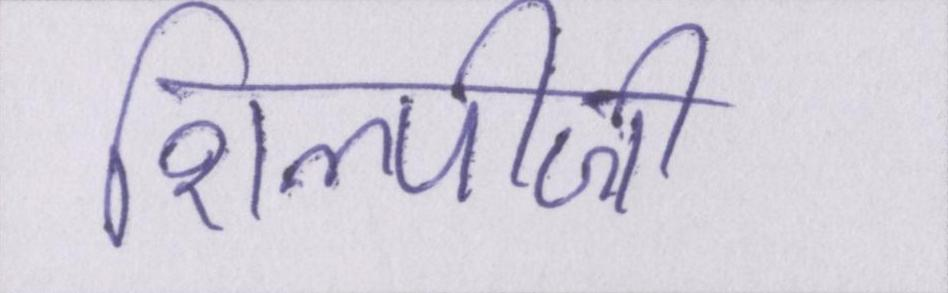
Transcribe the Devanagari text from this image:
शिल्पीजी